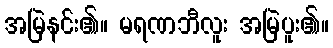
အမြဲနင်း၏။ မရဏဘီလူး အမြဲပူး၏။